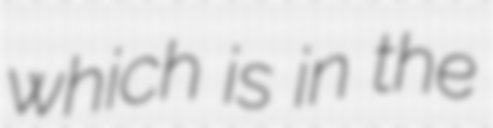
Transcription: which is in the